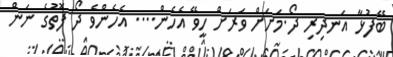
ބޭފުޅާ އަނދިރި ދޯ.މަށަށް ވަރަށް ހީވޭ އެހެން.... އެހެންވެ ދޯ ފޮތުގެ ނަން